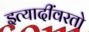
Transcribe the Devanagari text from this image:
इत्यादींवरतो